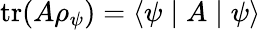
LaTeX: \operatorname{tr}(A\rho_{\psi})=\left\langle\psi\mid A\mid\psi\right\rangle